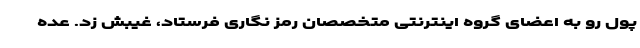
پول رو به اعضای گروه اینترنتی متخصصان رمز نگاری فرستاد، غیبش زد. عده